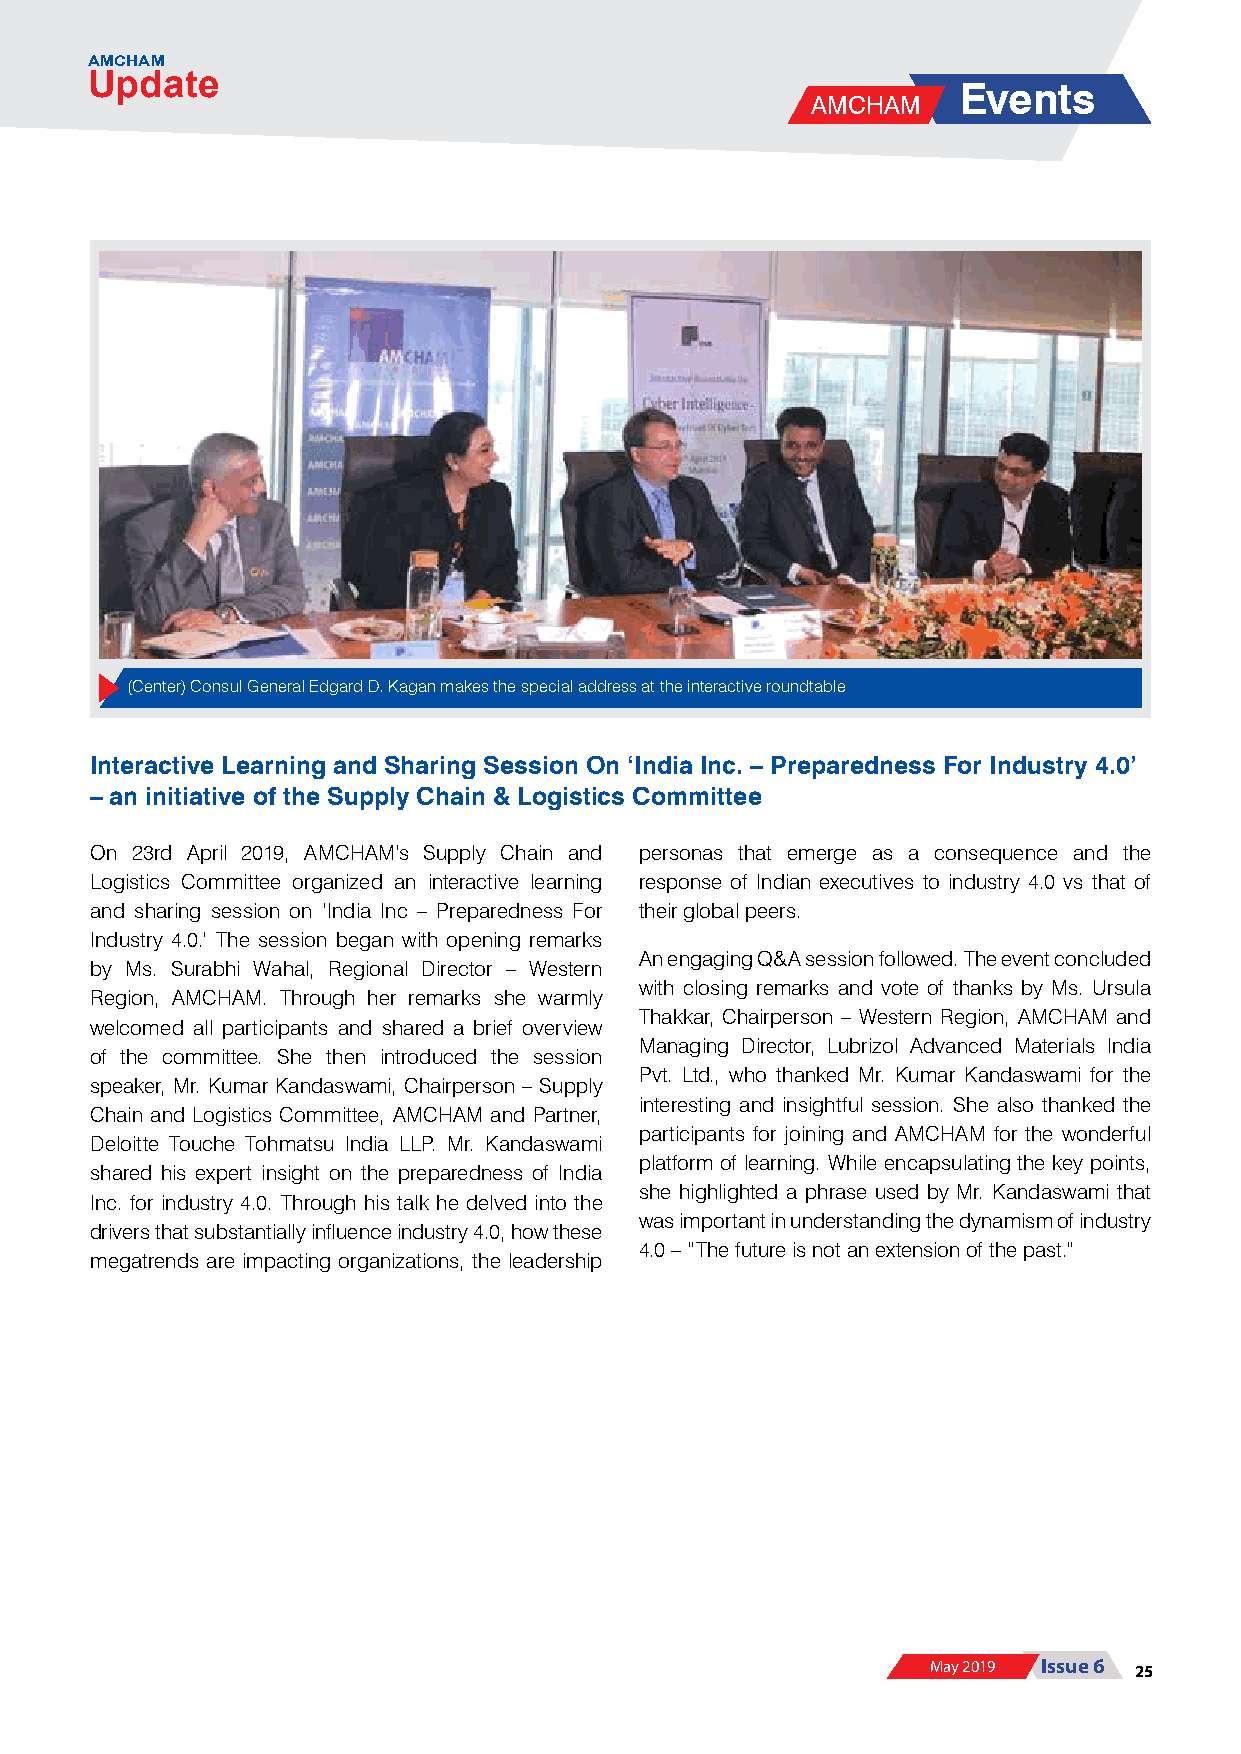
AMCHAM
 Update
 Events
 AMCHAM
 (Center) Consul General Edgard D. Kagan makes the special address at the interactive roundtable
 Interactive Learning and Sharing Session On ‘India Inc. – Preparedness For Industry 4.0’
 – an initiative of the Supply Chain & Logistics Committee
 On 23rd April 2019, AMCHAM’s Supply Chain and personas that emerge as a consequence and the
 Logistics Committee organized an interactive learning response of Indian executives to industry 4.0 vs that of
 and sharing session on ‘India Inc – Preparedness For their global peers.
 Industry 4.0.’ The session began with opening remarks
 An engaging Q&A session followed. The event concluded
 by Ms. Surabhi Wahal, Regional Director – Western
 with closing remarks and vote of thanks by Ms. Ursula
 Region, AMCHAM. Through her remarks she warmly
 Thakkar, Chairperson – Western Region, AMCHAM and
 welcomed all participants and shared a brief overview
 Managing Director, Lubrizol Advanced Materials India
 of the committee. She then introduced the session
 Pvt. Ltd., who thanked Mr. Kumar Kandaswami for the
 speaker, Mr. Kumar Kandaswami, Chairperson – Supply
 interesting and insightful session. She also thanked the
 Chain and Logistics Committee, AMCHAM and Partner,
 participants for joining and AMCHAM for the wonderful
 Deloitte Touche Tohmatsu India LLP. Mr. Kandaswami
 platform of learning. While encapsulating the key points,
 shared his expert insight on the preparedness of India
 she highlighted a phrase used by Mr. Kandaswami that
 Inc. for industry 4.0. Through his talk he delved into the
 was important in understanding the dynamism of industry
 drivers that substantially influence industry 4.0, how these
 4.0 – “The future is not an extension of the past.”
 megatrends are impacting organizations, the leadership
 May 2019 Issue 6 25